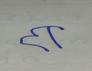
Signature authenticity: forged